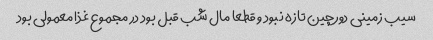
سیب زمینی دورچین تازه نبود و قطعا مال شب قبل بود در مجموع غذا معمولی بود